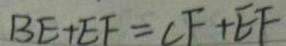
B E + E F = C F + E F